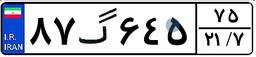
۸۷گ۶۴۵۷۵